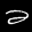
Label: 2